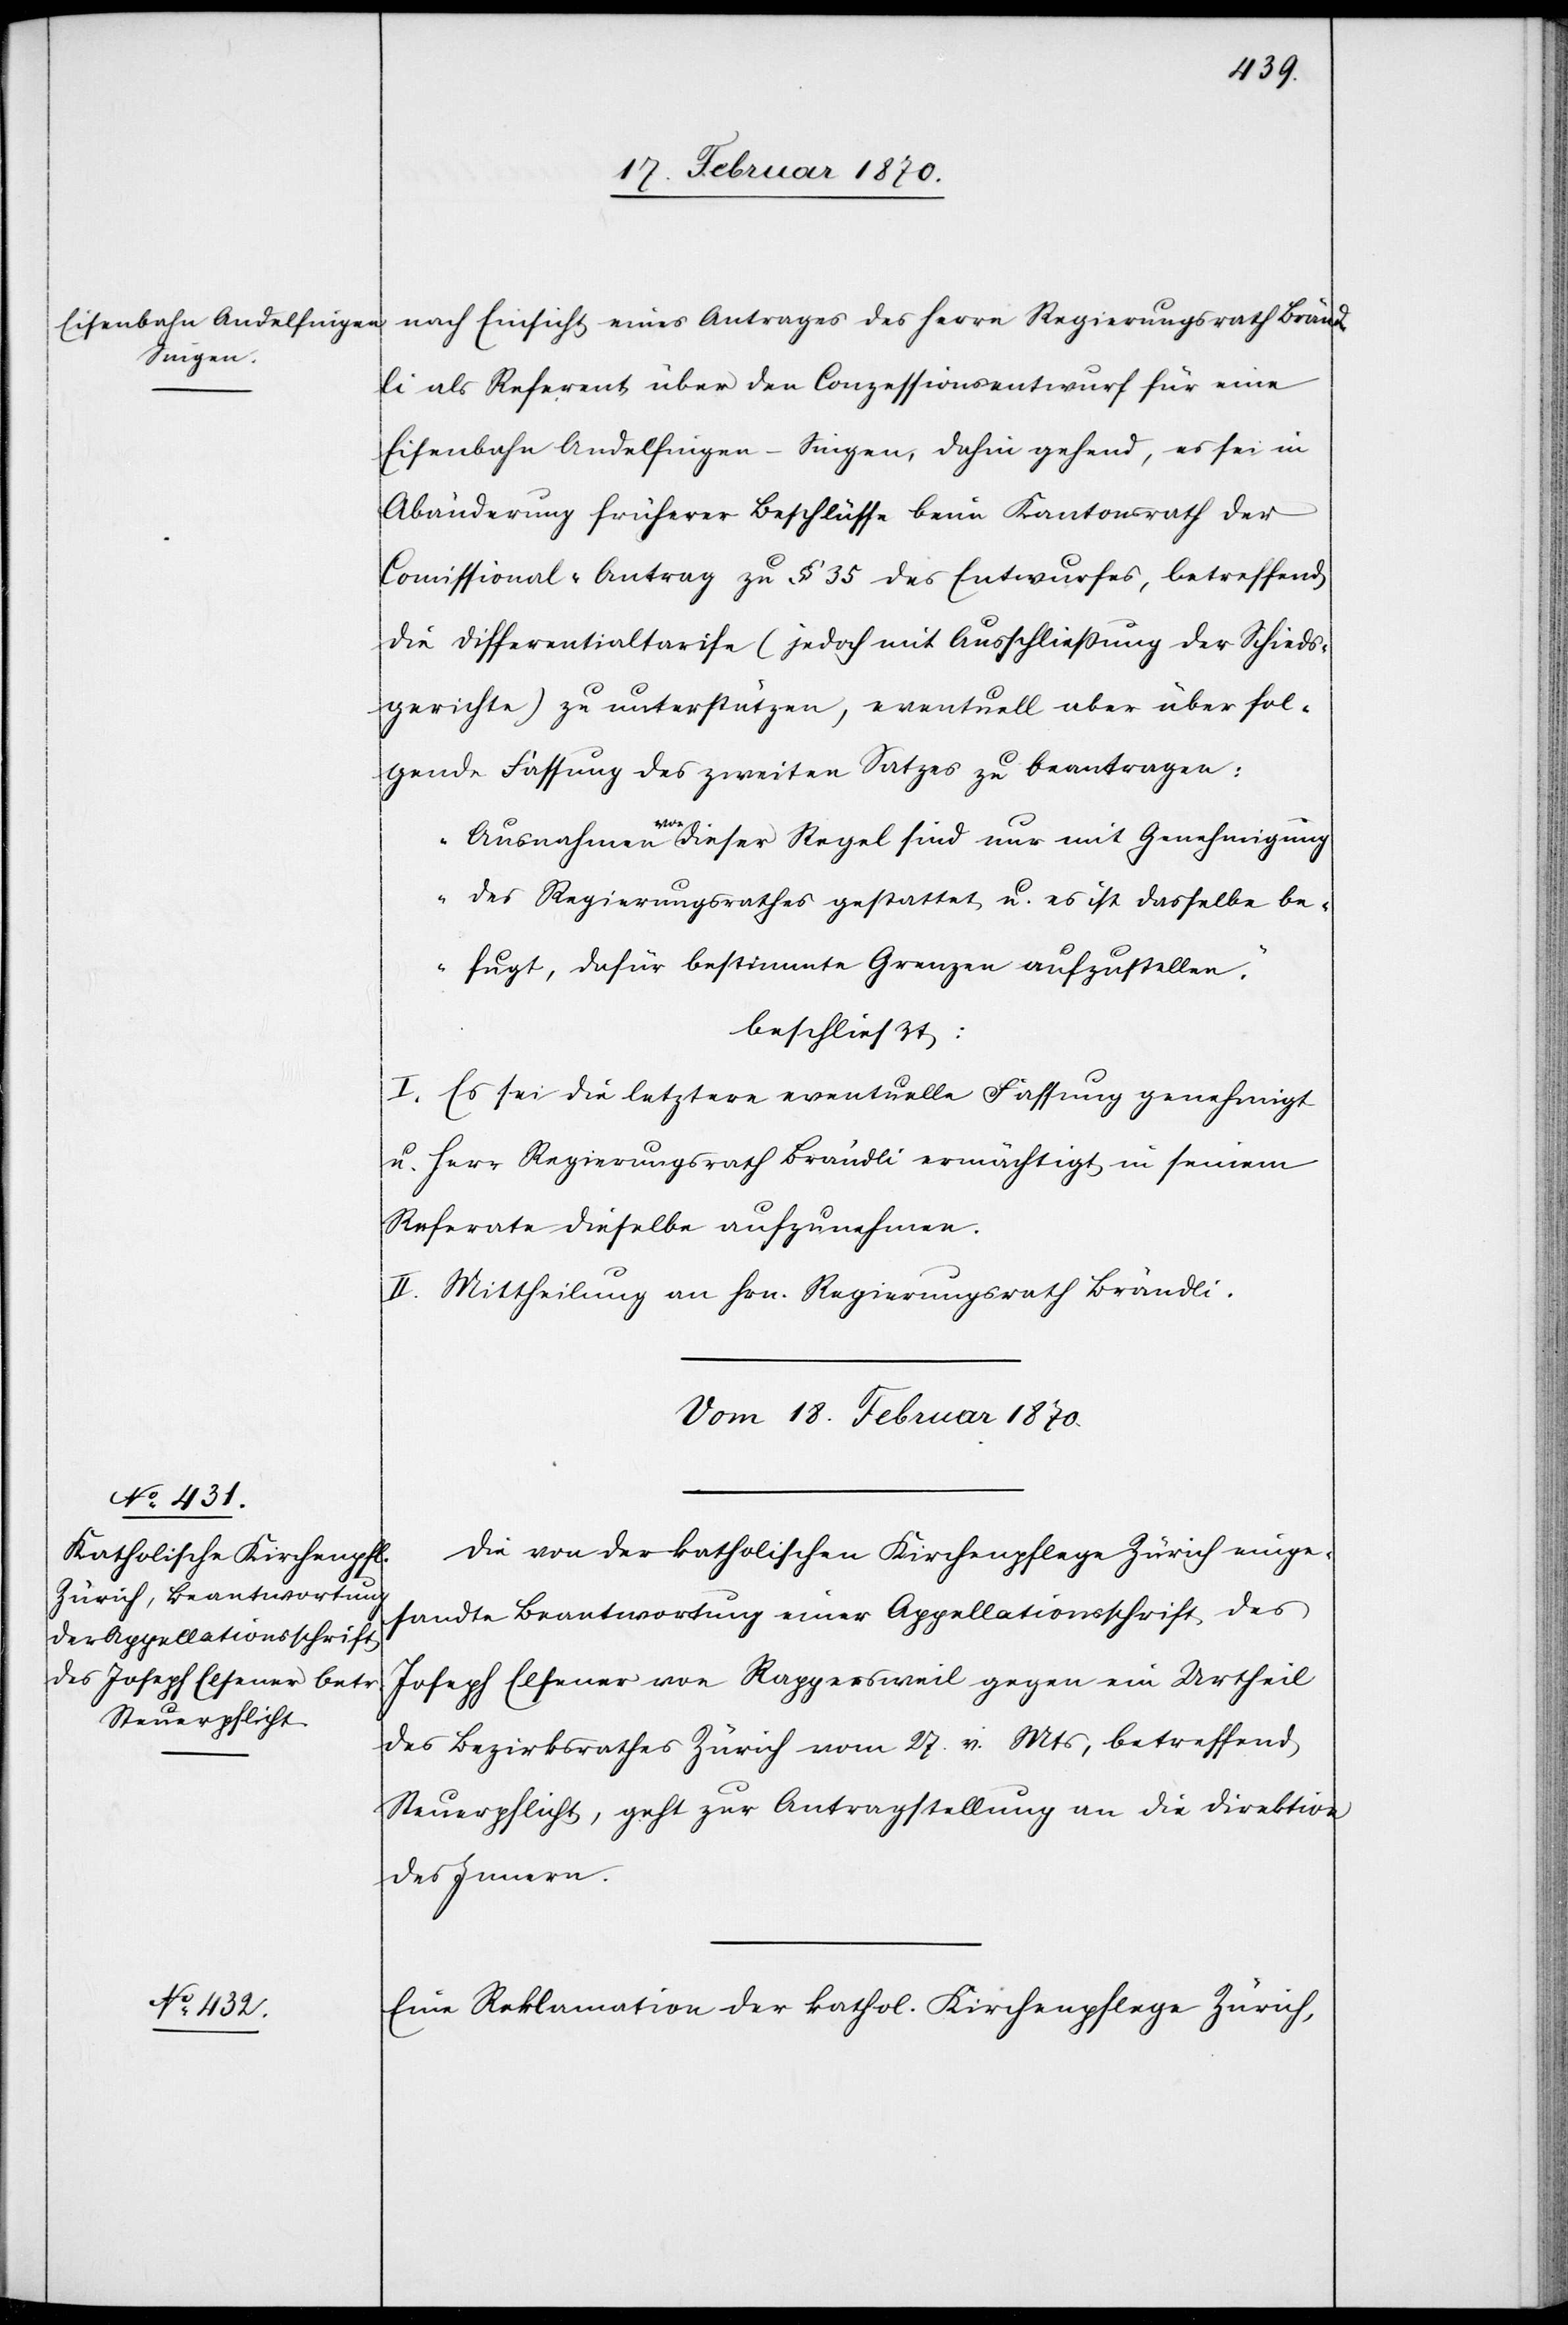
nach Einsicht eines Antrages des Herrn Regierungsrath Bränd¬
li als Referent über den Conzessionsentwurf für eine
Eisenbahn Andelfingen–Singen, dahin gehend, es sei in
Abänderung früherer Beschlüsse beim Kantonsrath der
Comissional-Antrag zu § 35 des Entwurfes, betreffend
die Differentialtarife (jedoch mit Ausschliessung der Schieds¬
gerichte) zu unterstützen, eventuell aber über fol¬
gende Fassung des zweiten Satzes zu beantragen:
be¬
„Ausnahmen von dieser Regel sind nur mit Genehmigung
des Regierungsrathes gestattet u. es ist dasselbe [s¬
fugt, dafür bestimmte Grenzen aufzustellen.“
beschließt:
I. Es sei die letztere eventuelle Fassung genehmigt
u. Herr Regierungsrath Brändli ermächtigt in seinem
Referate dieselbe aufzunehmen.
II. Mittheilung an Herrn Regierungsrath Brändli.
vom 18. Februar 1870.]
Die von der katholischen Kirchenpflege Zürich einge¬
sandte Beantwortung einer Appellationsschrift des
Joseph Elsener von Rappersweil gegen ein Urtheil
des Bezirksrathes Zürich vom 27. v. Mts, betreffend
Steuerpflicht, geht zur Antragstellung an die Direktion
des Innern.
Eine Reklamation der kathol. Kirchenpflege Zürich,